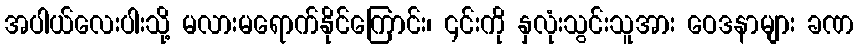
အပါယ်လေးပါးသို့ မလားမရောက်နိုင်ကြောင်း၊ ၎င်းကို နှလုံးသွင်းသူအား ဝေဒနာများ ခဏ